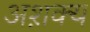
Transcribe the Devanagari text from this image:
अश़क्य